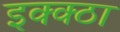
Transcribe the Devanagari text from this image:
इक्क्ठा